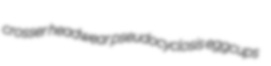
crosser headwear pseudocyclosis eggcups